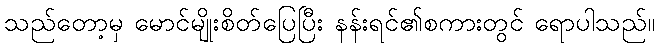
သည်တော့မှ မောင်မျိုးစိတ်ပြေပြီး နန်းရင်၏စကားတွင် ရောပါသည်။